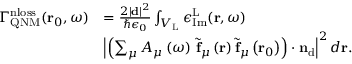
\begin{array} { r l } { \Gamma _ { \mathrm { Q N M } } ^ { \mathrm { n l o s s } } ( \mathbf { r } _ { 0 } , \omega ) } & { = \frac { 2 | \mathbf { d } | ^ { 2 } } { \hbar \epsilon _ { 0 } } \int _ { V _ { \mathrm { L } } } \epsilon _ { \mathrm { I m } } ^ { \mathrm { L } } ( \mathbf { r } , \omega ) } \\ & { \left| \left( \sum _ { \mu } A _ { \mu } \left( \omega \right) \, \tilde { \mathbf { f } } _ { \mu } \left( { \bf r } \right) \tilde { \mathbf { f } } _ { \mu } \left( { \bf r } _ { 0 } \right) \right) \cdot \mathbf { n } _ { \mathrm { d } } \right| ^ { 2 } d \mathbf { r } . } \end{array}